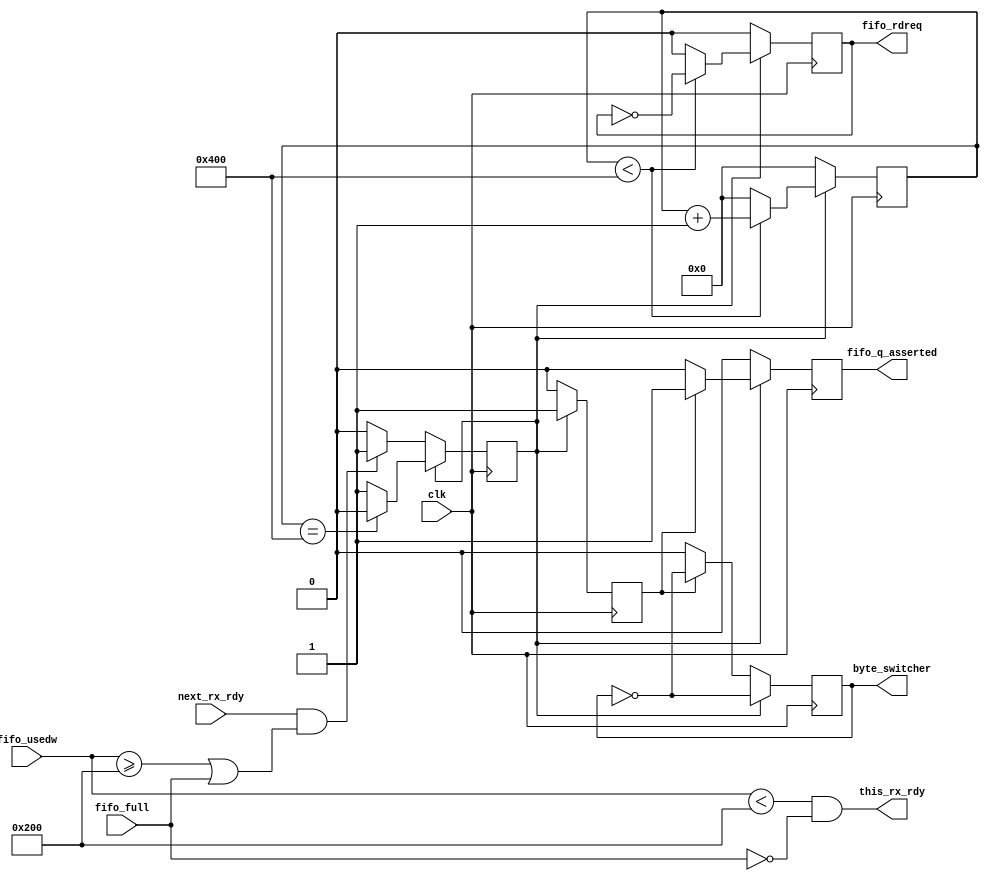
module fifo_from_sdram_controller (
	input clk,
	input [9:0] fifo_usedw,
	input fifo_full,
	output reg byte_switcher,
	output reg fifo_q_asserted,
	output reg fifo_rdreq,
	input next_rx_rdy,
	output this_rx_rdy
);

/******************** WRITE CONTROL ********************/

assign this_rx_rdy = ((fifo_usedw < NUMBER_OF_16BIT_WORDS_IN_1KBYTE) && (fifo_full == FALSE));

/******************** READ CONTROL ********************/

parameter OFF = 0,
			 ON  = 1;	 
parameter FALSE = 0,
			 TRUE = 1;
			 
reg[10:0]  ticks = 0;
parameter NUMBER_OF_16BIT_WORDS_IN_1KBYTE = 512;

wire KBYTE_IS_RDY = ((fifo_usedw >= NUMBER_OF_16BIT_WORDS_IN_1KBYTE) || (fifo_full == TRUE));		

wire this_tx_rdy = (next_rx_rdy == ON) && (KBYTE_IS_RDY == ON); 

parameter KBYTE_TRANSMISSION_TIME = 1024;	 

reg switch_en;	
always@(posedge clk)
begin
	if(switch_en == OFF)
		begin
			if(this_tx_rdy == ON)
				begin
					switch_en = ON;
				end
			else
				begin
					switch_en = OFF;
				end
		end
	else
		begin
			if(ticks == KBYTE_TRANSMISSION_TIME)
				begin
					switch_en = OFF;
				end
			else
				begin
					switch_en = ON;
				end
		end
end

always@(posedge clk)
begin
	if(switch_en == ON)
		begin
			if(ticks < KBYTE_TRANSMISSION_TIME)
				begin
					ticks = ticks + 1;
					fifo_rdreq = ~fifo_rdreq;
				end
			else 
				begin
					ticks = 0;
					fifo_rdreq = OFF;
				end
		end
	else
		begin
			ticks = 0;
			fifo_rdreq = OFF;
		end
end

reg delay_q_asserted;

always@(posedge clk)
begin
	if(switch_en == ON)
		begin
			delay_q_asserted = ON;
		end
	else
		begin
			delay_q_asserted = OFF;
		end
end

always@(posedge clk)
begin
	if(switch_en == ON)
		begin
			byte_switcher = ~byte_switcher;
		end
	else if(delay_q_asserted == ON)
		begin
			byte_switcher = ~byte_switcher;
		end
	else
		begin
			byte_switcher = OFF;
		end
end

always@(posedge clk)
begin
	if(switch_en == ON)
		begin
			if(delay_q_asserted == ON)
				begin
					fifo_q_asserted = ON;
				end
			else
				begin
					fifo_q_asserted = OFF;
				end
		end
	else
		begin
			fifo_q_asserted = OFF;
		end
end

			 
endmodule